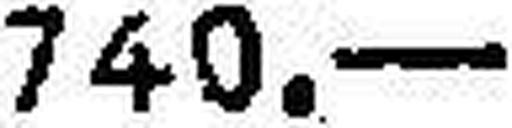
740.—